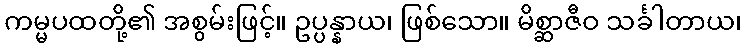
ကမ္မပထတို့၏ အစွမ်းဖြင့်။ ဥပ္ပန္နာယ၊ ဖြစ်သော။ မိစ္ဆာဇီဝ သင်္ခါတာယ၊